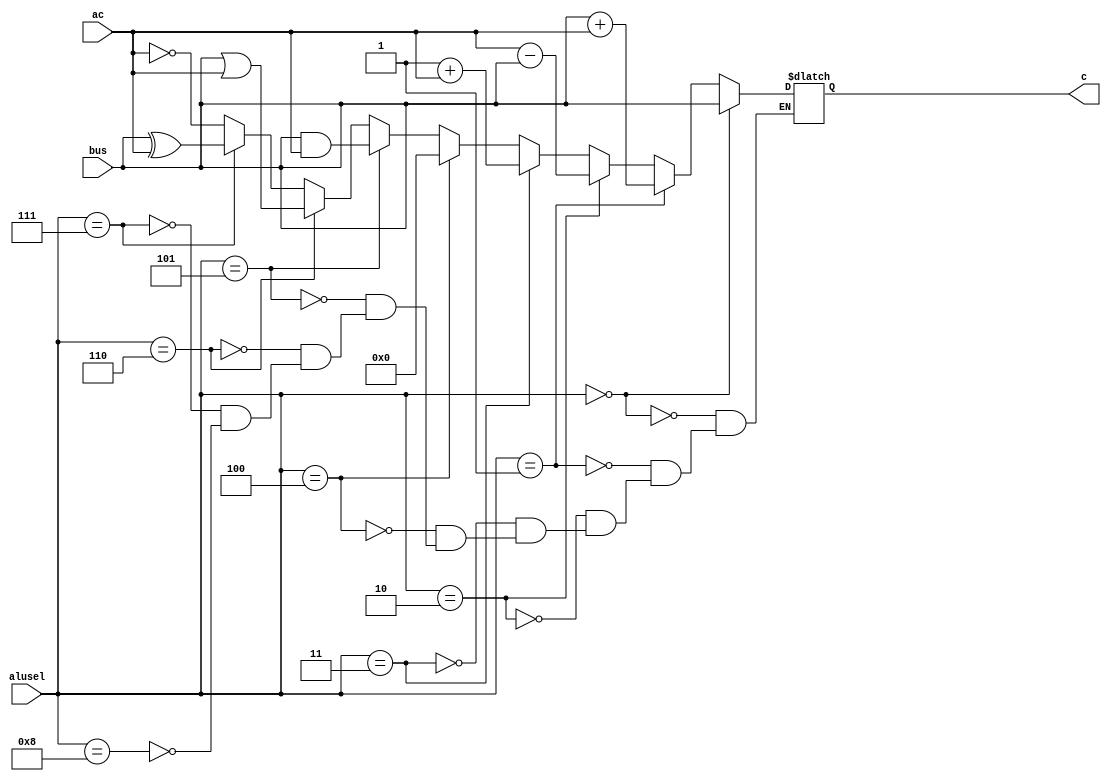
module alu(
	input [7:0] bus,ac,
	input [3:0] alusel,
	output reg [7:0] c
	);
	
	
always @(*) begin
	if(alusel==4'b0000) c<=bus;
	else if(alusel==4'b0001) c<=bus+ac;
	else if(alusel==4'b0010) c<=ac-bus;
	else if(alusel==4'b0011) c<=1+ac;
	else if(alusel==4'b0100) c<=0;
	else if(alusel==4'b0101) c<=bus & ac;
	else if(alusel==4'b0110) c<=bus | ac;
	else if(alusel==4'b0111) c<=bus ^ ac;
	else if(alusel==4'b1000) c<= ~ac;
	
end

endmodule